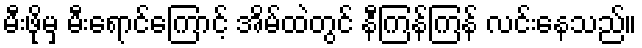
မီးဖိုမှ မီးရောင်ကြောင့် အိမ်ထဲတွင် နီကြန်ကြန် လင်းနေသည်။